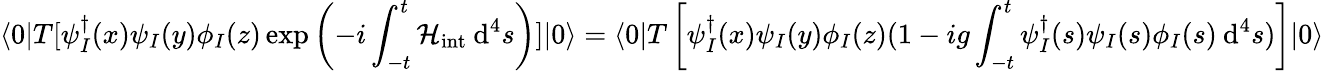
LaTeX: \langle 0|T[\psi_{I}^{\dagger}(x)\psi_{I}(y)\phi_{I}(z)\exp\left(-i\int_{-t}^{t}\mathcal{H}_{\mathrm{int}}\: \mathrm{d}^{4}s\right)]|0\rangle=\langle 0|T\left[\psi_{I}^{\dagger}(x)\psi_{I}(y)\phi_{I}(z)(1-ig\int_{-t}^{t}\psi_{I}^{\dagger}(s)\psi_{I}(s)\phi_{I}(s)\: \mathrm{d}^{4}s)\right]|0\rangle